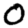
Digit: 0